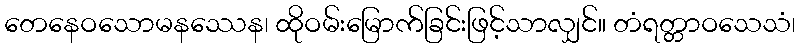
တေနေဝသောမနဿေန၊ ထိုဝမ်းမြောက်ခြင်းဖြင့်သာလျှင်။ တံရတ္တာဝသေသံ၊